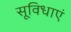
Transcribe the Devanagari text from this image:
सूविधाएं